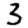
Digit: 3